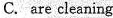
C. are cleaning